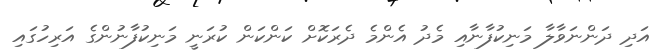
އަދި ދަންނަވާލާ މަނިކުފާނާއި މެދު އެންމެ ދެރަކޮށް ކަންކަން ކުރަނީ މަނިކުފާނުންގެ އަރިހުގައި